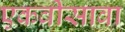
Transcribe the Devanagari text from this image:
एकवीसावा